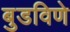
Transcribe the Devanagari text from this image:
बुडविणे